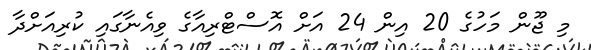
މި ޖޫން މަހުގެ 20 އިން 24 އަށް އޮސްޓްރިއާގެ ވިއެނާގައި ކުރިއަށްދާ